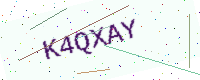
Text: K4QXAY